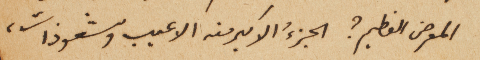
المعرض العظيم؟ الجزءُ الاكبر منه الاعيب وشعوذات،